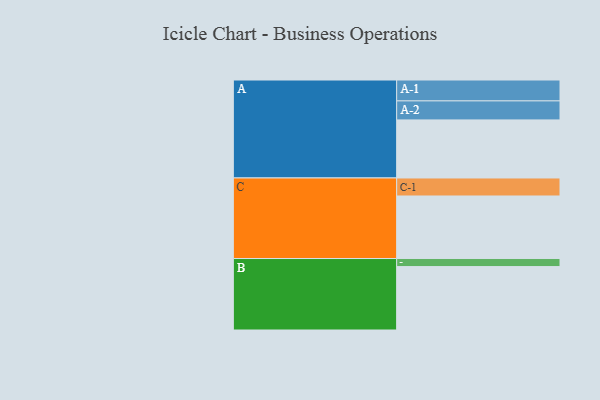
{"axis": {"x": "Segment", "y": "Value"}, "legend": ["", "A", "B", "C"], "data": [{"x": "A", "y": 403, "type": ""}, {"x": "B", "y": 440, "type": ""}, {"x": "C", "y": 434, "type": ""}, {"x": "A-1", "y": 145, "type": "A"}, {"x": "A-2", "y": 132, "type": "A"}, {"x": "B-1", "y": 56, "type": "B"}, {"x": "C-1", "y": 125, "type": "C"}]}